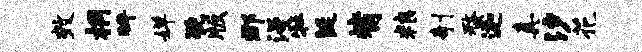
效桐拜婵猊版郡漫牡涎觜粮剞蝥迦真汐花